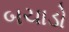
બચાડો